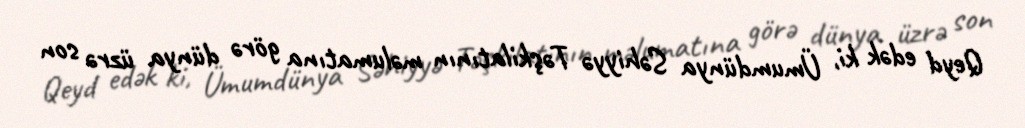
Qeyd edək ki, Ümumdünya Səhiyyə Təşkilatının məlumatına görə dünya üzrə son